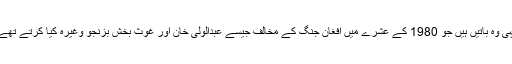
یہی وہ باتیں ہیں جو 1980 کے عشرے میں افغان جنگ کے مخالف جیسے عبدالولی خان اور غوث بخش بزنجو وغیرہ کیا کرتے تھے۔